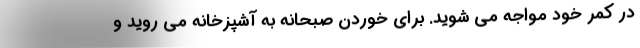
در کمر خود مواجه می شوید. برای خوردن صبحانه به آشپزخانه می روید و